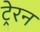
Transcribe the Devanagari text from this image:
ट्रेरन